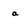
Character: a